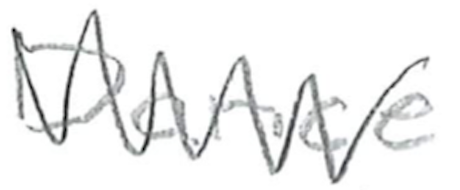
Text: Dance
Cross-out: zig-zag
Writing tool: pencil